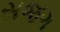
સજગ